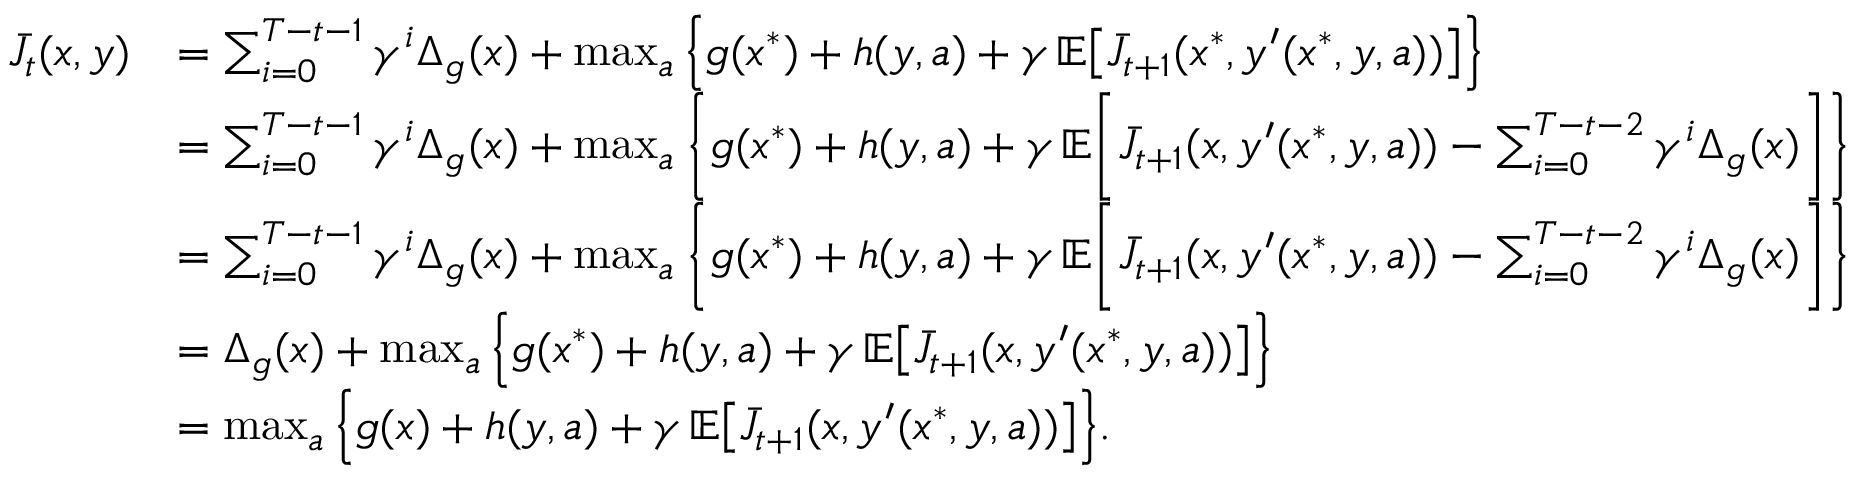
\begin{array} { r l } { \bar { J } _ { t } ( x , y ) } & { = \sum _ { i = 0 } ^ { T - t - 1 } \gamma ^ { i } \Delta _ { g } ( x ) + \operatorname* { m a x } _ { a } \, \Bigl \{ g ( x ^ { * } ) + h ( y , a ) + \gamma \, \mathbb { E } \bigl [ \bar { J } _ { t + 1 } ( x ^ { * } , y ^ { \prime } ( x ^ { * } , y , a ) ) \bigr ] \Bigr \} } \\ & { = \sum _ { i = 0 } ^ { T - t - 1 } \gamma ^ { i } \Delta _ { g } ( x ) + \operatorname* { m a x } _ { a } \, \biggl \{ g ( x ^ { * } ) + h ( y , a ) + \gamma \, \mathbb { E } \biggl [ \bar { J } _ { t + 1 } ( x , y ^ { \prime } ( x ^ { * } , y , a ) ) - \sum _ { i = 0 } ^ { T - t - 2 } \gamma ^ { i } \Delta _ { g } ( x ) \biggr ] \biggr \} } \\ & { = \sum _ { i = 0 } ^ { T - t - 1 } \gamma ^ { i } \Delta _ { g } ( x ) + \operatorname* { m a x } _ { a } \, \biggl \{ g ( x ^ { * } ) + h ( y , a ) + \gamma \, \mathbb { E } \biggl [ \bar { J } _ { t + 1 } ( x , y ^ { \prime } ( x ^ { * } , y , a ) ) - \sum _ { i = 0 } ^ { T - t - 2 } \gamma ^ { i } \Delta _ { g } ( x ) \biggr ] \biggr \} } \\ & { = \Delta _ { g } ( x ) + \operatorname* { m a x } _ { a } \, \Bigl \{ g ( x ^ { * } ) + h ( y , a ) + \gamma \, \mathbb { E } \bigl [ \bar { J } _ { t + 1 } ( x , y ^ { \prime } ( x ^ { * } , y , a ) ) \bigr ] \Bigr \} } \\ & { = \operatorname* { m a x } _ { a } \, \Bigl \{ g ( x ) + h ( y , a ) + \gamma \, \mathbb { E } \bigl [ \bar { J } _ { t + 1 } ( x , y ^ { \prime } ( x ^ { * } , y , a ) ) \bigr ] \Bigr \} . } \end{array}